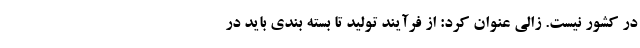
در کشور نیست. زالی عنوان کرد: از فرآیند تولید تا بسته بندی باید در